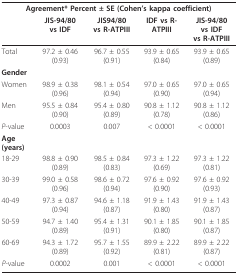
| <COLSPAN=5> Agreement* Percent ± SE (Cohen's kappa coefficient) |
 |  | JIS-94/80vs IDF | JIS94/80vs R-ATPIII | IDF vs R-ATPIII | JIS-94/80vs IDFvs R-ATPIII |
 | --- | --- | --- | --- | --- |
 | Total | 97.2 ± 0.46 (0.93) | 96.7 ± 0.55(0.91) | 93.9 ± 0.65(0.84) | 93.9 ± 0.65(0.89) |
 | Gender |  |  |  |  |
 | Women | 98.9 ± 0.38(0.96) | 98.1 ± 0.54(0.94) | 97.0 ± 0.65(0.90) | 97.0 ± 0.65(0.94) |
 | Men | 95.5 ± 0.84(0.90) | 95.4 ± 0.80(0.89) | 90.8 ± 1.12(0.78) | 90.8 ± 1.12(0.86) |
 | P-value | 0.0003 | 0.007 | < 0.0001 | < 0.0001 |
 | Age (years) |  |  |  |  |
 | 18-29 | 98.8 ± 0.90(0.89) | 98.5 ± 0.84(0.83) | 97.3 ± 1.22(0.69) | 97.3 ± 1.22(0.81) |
 | 30-39 | 99.0 ± 0.58(0.96) | 98.6 ± 0.72(0.94) | 97.6 ± 0.92(0.90) | 97.6 ± 0.92(0.93) |
 | 40-49 | 97.3 ± 0.87(0.94) | 94.6 ± 1.18(0.87) | 91.9 ± 1.43(0.80) | 91.9 ± 1.43(0.87) |
 | 50-59 | 94.7 ± 1.40(0.89) | 95.4 ± 1.31(0.91) | 90.1 ± 1.85(0.80) | 90.1 ± 1.85(0.87) |
 | 60-69 | 94.3 ± 1.72(0.89) | 95.7 ± 1.55(0.92) | 89.9 ± 2.22(0.81) | 89.9 ± 2.22(0.87) |
 | P-value | 0.0002 | 0.001 | < 0.0001 | < 0.0001 |